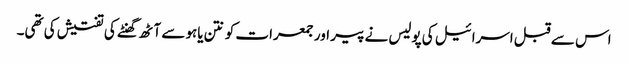
اس سے قبل اسرائیل کی پولیس نے پیر اور جمعرات کو نتن یاہو سے آٹھ گھنٹے کی تفتیش کی تھی۔